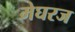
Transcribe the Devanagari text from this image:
मेघरज